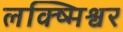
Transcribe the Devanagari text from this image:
लक्ष्मिश्वर